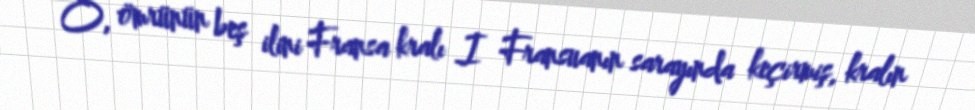
O, ömrünün beş ilini Fransa kralı I Fransuanın sarayında keçirmiş, kralın